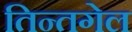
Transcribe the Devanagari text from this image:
तिन्तगेल